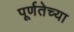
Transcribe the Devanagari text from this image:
पूर्णतेच्या